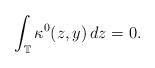
LaTeX: \begin{align*} \int_{\mathbb T}\kappa^0(z,y)\,dz=0.\end{align*}